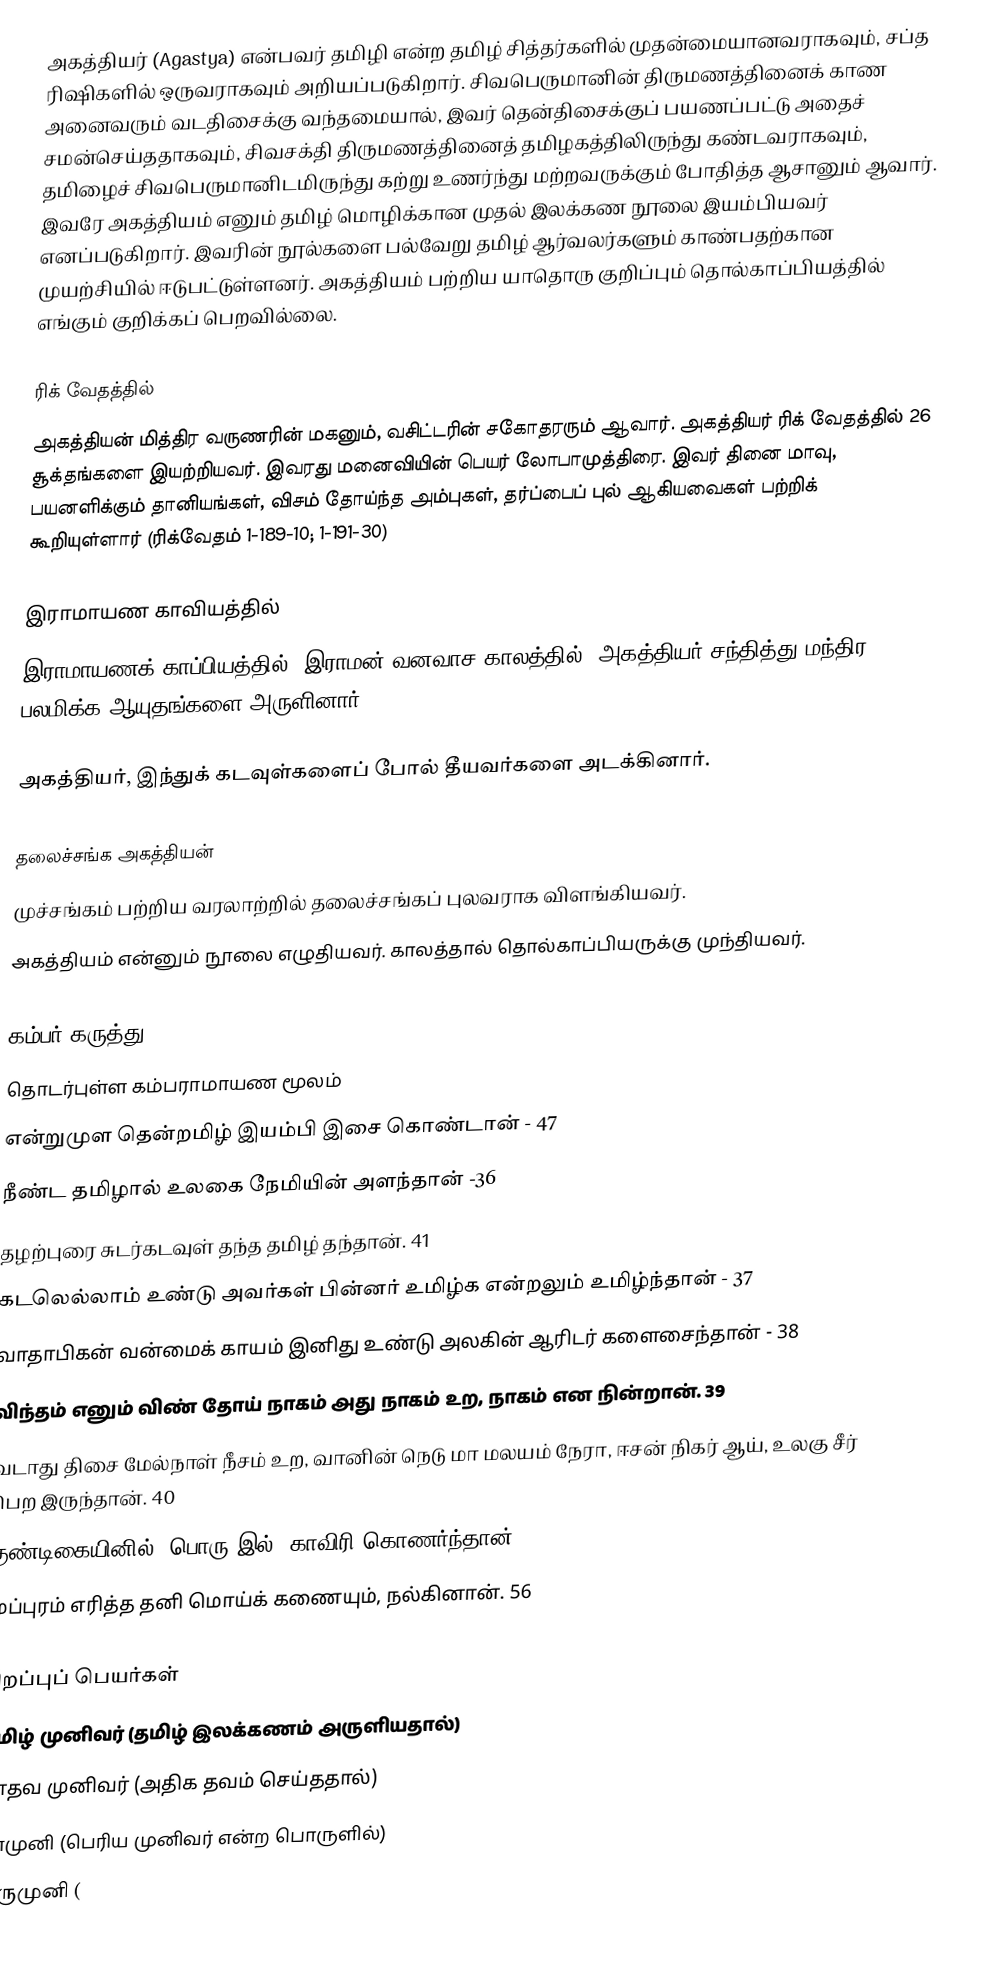
அகத்தியர் (Agastya) என்பவர் தமிழி என்ற தமிழ் சித்தர்களில் முதன்மையானவராகவும், சப்த ரிஷிகளில் ஒருவராகவும் அறியப்படுகிறார். சிவபெருமானின் திருமணத்தினைக் காண அனைவரும் வடதிசைக்கு வந்தமையால், இவர் தென்திசைக்குப் பயணப்பட்டு அதைச் சமன்செய்ததாகவும், சிவசக்தி திருமணத்தினைத் தமிழகத்திலிருந்து கண்டவராகவும், தமிழைச் சிவபெருமானிடமிருந்து கற்று உணர்ந்து மற்றவருக்கும் போதித்த ஆசானும் ஆவார். இவரே அகத்தியம் எனும் தமிழ் மொழிக்கான முதல் இலக்கண நூலை இயம்பியவர் எனப்படுகிறார். இவரின் நூல்களை பல்வேறு தமிழ் ஆர்வலர்களும் காண்பதற்கான முயற்சியில் ஈடுபட்டுள்ளனர். அகத்தியம் பற்றிய யாதொரு குறிப்பும் தொல்காப்பியத்தில் எங்கும் குறிக்கப் பெறவில்லை.

ரிக் வேதத்தில்
அகத்தியன் மித்திர வருணரின் மகனும், வசிட்டரின் சகோதரரும் ஆவார்.  அகத்தியர் ரிக் வேதத்தில் 26 சூக்தங்களை இயற்றியவர். இவரது மனைவியின் பெயர் லோபாமுத்திரை. இவர் தினை மாவு, பயனளிக்கும் தானியங்கள், விசம் தோய்ந்த அம்புகள், தர்ப்பைப் புல் ஆகியவைகள் பற்றிக் கூறியுள்ளார் (ரிக்வேதம் 1-189-10; 1-191-30)

இராமாயண காவியத்தில்
இராமாயணக் காப்பியத்தில், இராமன் வனவாச காலத்தில், அகத்தியர் சந்தித்து மந்திர பலமிக்க ஆயுதங்களை அருளினார்.

அகத்தியர், இந்துக் கடவுள்களைப் போல் தீயவர்களை அடக்கினார்.

தலைச்சங்க அகத்தியன்
முச்சங்கம் பற்றிய வரலாற்றில் தலைச்சங்கப் புலவராக விளங்கியவர்.
அகத்தியம் என்னும் நூலை எழுதியவர். காலத்தால் தொல்காப்பியருக்கு முந்தியவர்.

கம்பர் கருத்து
தொடர்புள்ள கம்பராமாயண மூலம்
என்றுமுள தென்றமிழ் இயம்பி இசை கொண்டான் - 47
நீண்ட தமிழால் உலகை நேமியின் அளந்தான் -36
தழற்புரை சுடர்கடவுள் தந்த தமிழ் தந்தான். 41
கடலெல்லாம் உண்டு அவர்கள் பின்னர் உமிழ்க என்றலும் உமிழ்ந்தான் - 37
வாதாபிகன் வன்மைக் காயம் இனிது உண்டு அலகின் ஆரிடர் களைசைந்தான் - 38
விந்தம் எனும் விண் தோய் நாகம் அது நாகம் உற, நாகம் என நின்றான். 39
வடாது திசை மேல்நாள் நீசம் உற, வானின் நெடு மா மலயம் நேரா, ஈசன் நிகர் ஆய், உலகு சீர் பெற இருந்தான். 40
குண்டிகையினில், பொரு இல், காவிரி கொணர்ந்தான். 46
முப்புரம் எரித்த தனி மொய்க் கணையும், நல்கினான். 56

சிறப்புப் பெயர்கள்
 தமிழ் முனிவர் (தமிழ் இலக்கணம் அருளியதால்)
 மாதவ முனிவர் (அதிக தவம் செய்ததால்)
 மாமுனி (பெரிய முனிவர் என்ற பொருளில்)
 குருமுனி (